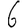
Digit: 6